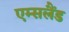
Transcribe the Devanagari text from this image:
एम्सलैंड